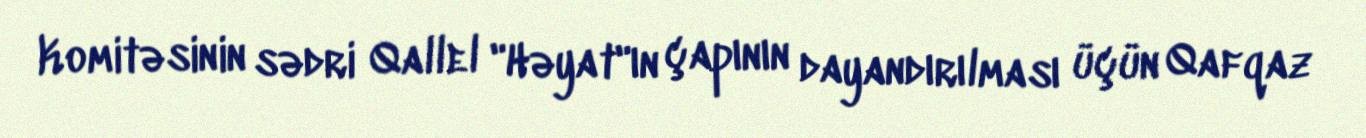
Komitəsinin sədri Qallel "Həyat"ın çapının dayandırılması üçün Qafqaz